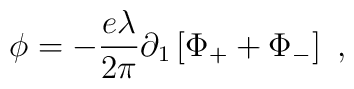
\phi=-\frac{e\lambda}{2\pi}\partial_1\left[\Phi_+ + \Phi_-\right]\ ,